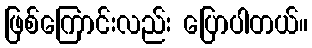
ဖြစ်ကြောင်းလည်း ပြောပါတယ်။